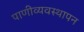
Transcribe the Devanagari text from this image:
पाणीव्यवस्थापन